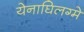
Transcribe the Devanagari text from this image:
येनाघिलग्मे